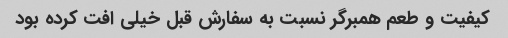
کیفیت و طعم همبرگر نسبت به سفارش قبل خیلی افت کرده بود